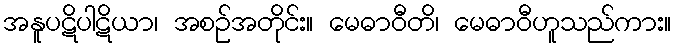
အနူပဋိပါဋိယာ၊ အစဉ်အတိုင်း။ မေဓာဝီတိ၊ မေဓာဝီဟူသည်ကား။